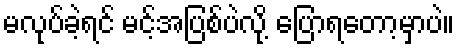
မလုပ်ခဲ့ရင် မင့်အပြစ်ပဲလို့ ပြောရတော့မှာပဲ။